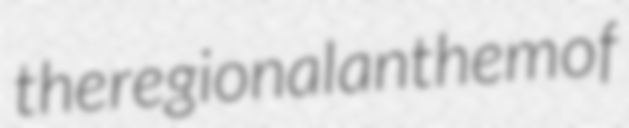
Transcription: the regional anthem of